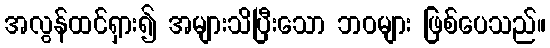
အလွန်ထင်ရှား၍ အများသိပြီးသော ဘဝများ ဖြစ်ပေသည်။